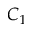
C _ { 1 }